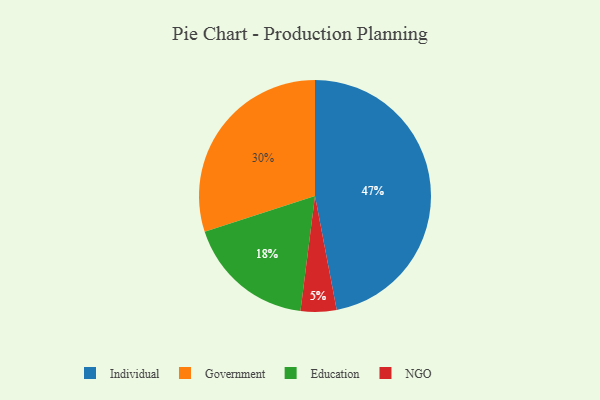
{"axis": {"x": "Category", "y": "Percentage"}, "legend": ["Education", "Government", "Individual", "NGO"], "data": [{"x": "Individual", "y": 47, "type": "Individual"}, {"x": "NGO", "y": 5, "type": "NGO"}, {"x": "Education", "y": 18, "type": "Education"}, {"x": "Government", "y": 30, "type": "Government"}]}